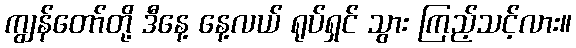
ကျွန်တော်တို့ ဒီနေ့ နေ့လယ် ရုပ်ရှင် သွား ကြည့်သင့်လား။